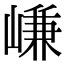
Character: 嵰